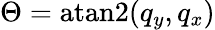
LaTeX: \Theta=\textrm{atan2}(q_{y},q_{x})